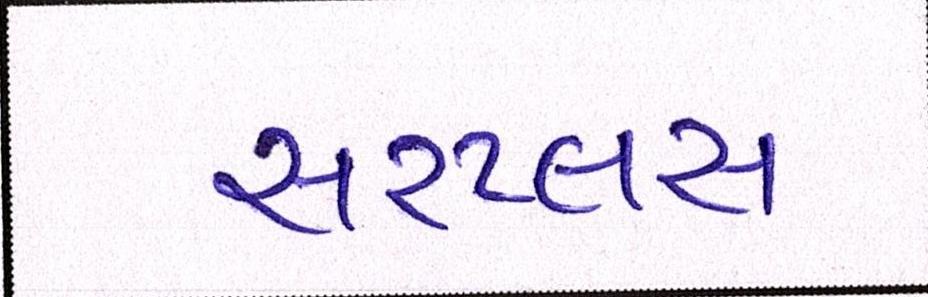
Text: સરપ્લસ